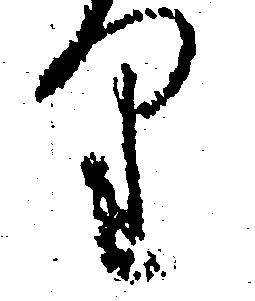
り